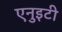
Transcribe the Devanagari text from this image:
एनुइटी